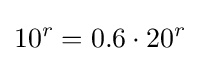
{10}^{r}=0.6\cdot {20}^{r}